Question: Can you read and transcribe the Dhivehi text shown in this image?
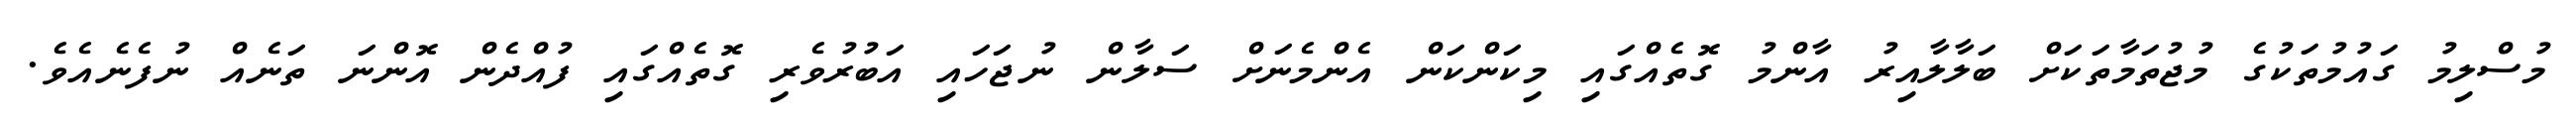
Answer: މުސްލިމު ގައުމުތަކުގެ މުޖުތަމާތަކަށް ބަލާލާއިރު އާންމު ގޮތެއްގައި މިކަންކަން އެންމެނަށް ސަލާން ނުޖަހައި އަބުރުވެރި ގޮތެއްގައި ފުއްދެން އޮންނަ ތަނެއް ނުފެނެއެވެ.